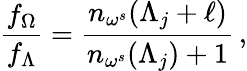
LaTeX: \frac{f_{\Omega}}{f_{\Lambda}}=\frac{n_{\omega^{s}}(\Lambda_{j}+\ell)}{n_{\omega^{s}}(\Lambda_{j})+1}\, ,